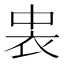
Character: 𮕪